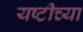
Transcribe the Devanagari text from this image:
यष्टीच्या